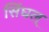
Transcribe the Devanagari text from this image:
सिंघल्